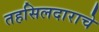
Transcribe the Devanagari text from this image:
तहसिलदाराचे